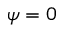
\psi = 0